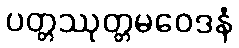
ပတ္တဿုတ္တမဝေဒနံ